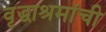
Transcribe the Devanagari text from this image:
वृद्धाश्रमांची